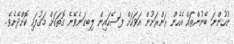
ނުހުންނަ ބޭނުންތައް އެހެން ރަށްރަށުން އަވަހަށް ފަސޭހައިން ލިބިގަނެވޭނެ ގޮތަކަށް މަގުފަހި ކޮށްދޭށެވެ.